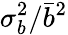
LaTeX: \sigma_{b}^{2}/\bar{b}^{2}